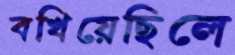
বখিয়েছিলে